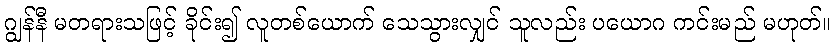
ဂျွန်နီ မတရားသဖြင့် ခိုင်း၍ လူတစ်ယောက် သေသွားလျှင် သူလည်း ပယောဂ ကင်းမည် မဟုတ်။